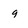
Character: 9